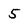
Character: 5